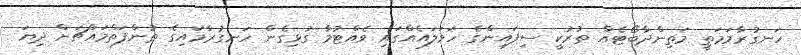
ހަނގުރާމަމަތީ މަތިންދާބޯޓެއް ތުރުކީ ސިފައިންގެ ހަމަލައެއްގައި ވެއްޓުމާ ގުޅިގެން ހަނގުރާމައިގެ ތުންފަތްމައްޗަށް ދިޔަ